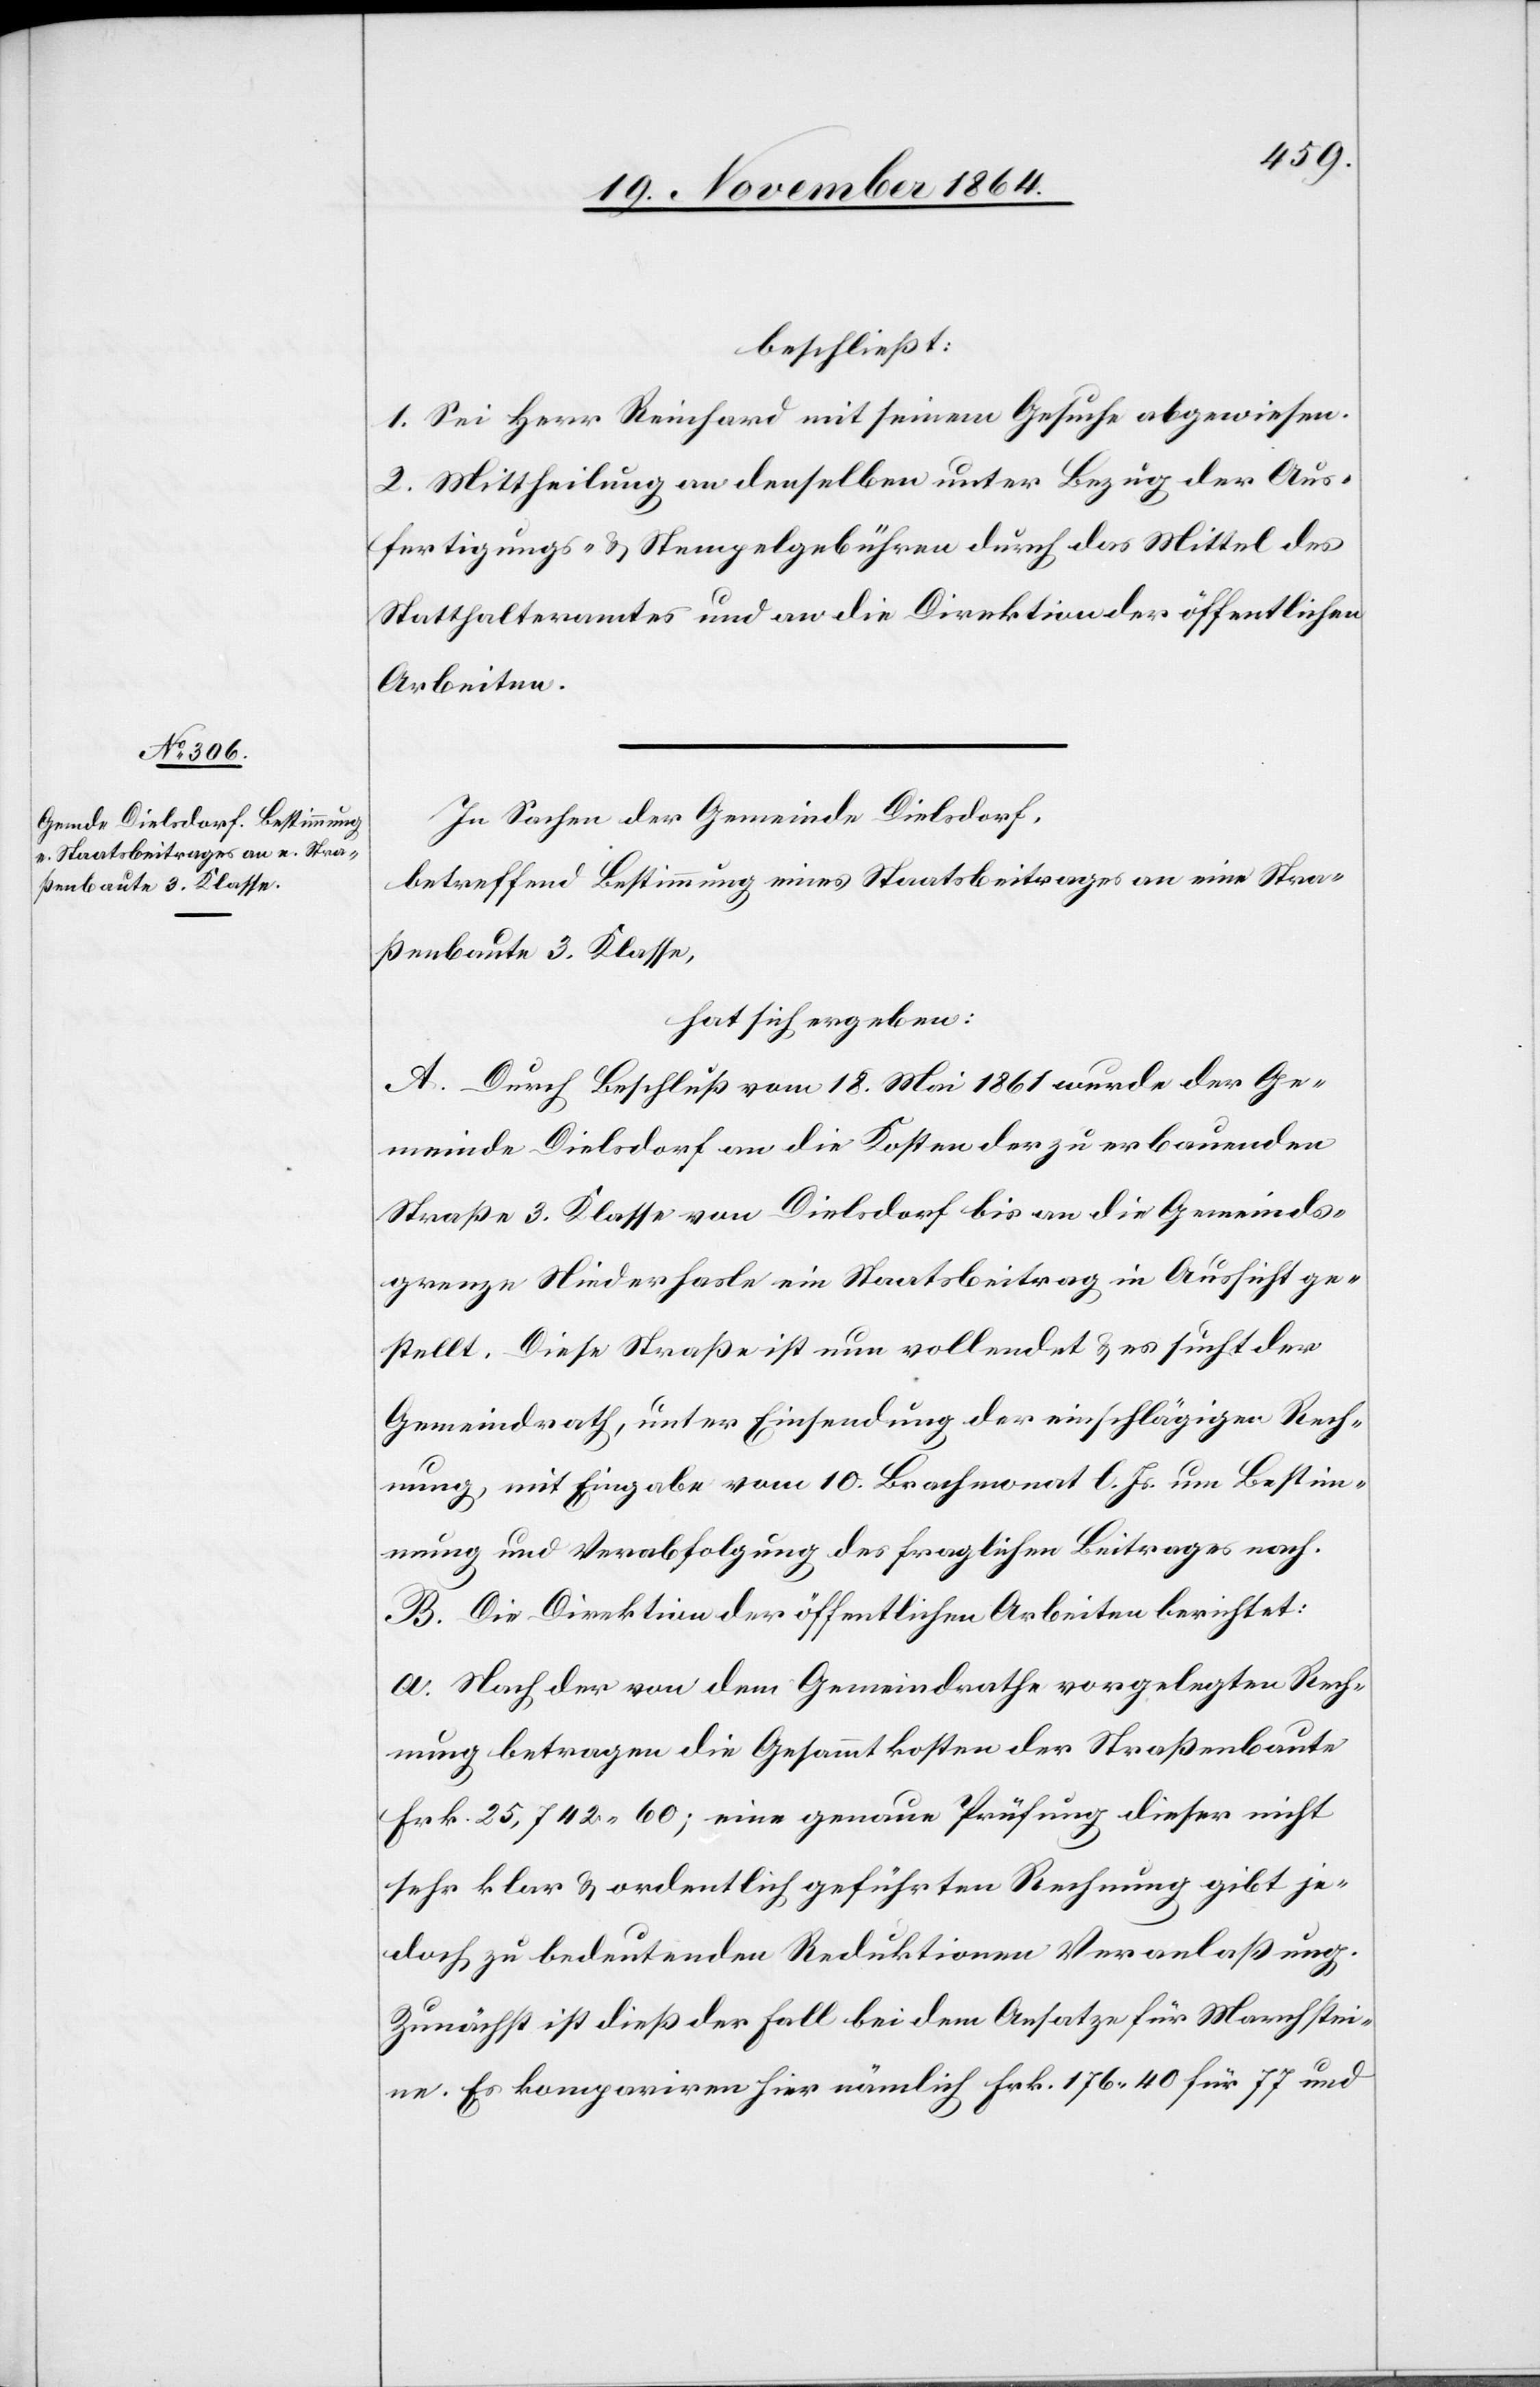
beschließt:
1. Sei Herr Reinhard mit seinem Gesuche abgewiesen.
2. Mittheilung an denselben unter Bezug der Aus¬
fertigungs- & Stempelgebühren durch das Mittel des
Statthalteramtes und an die Direktion der öffentlichen
Arbeiten.
In Sachen der Gemeinde Dielsdorf,
betreffend Bestimmung eines Staatsbeitrages an eine Stra¬
ßenbaute 3. Klasse,
hat sich ergeben:
A. Durch Beschluß vom 18. Mai 1861 wurde der Ge¬
meinde Dielsdorf an die Kosten der zu erbauenden
Straße 3. Klasse von Dielsdorf bis an die Gemeinds¬
grenze Niederhasle ein Staatsbeitrag in Aussicht ge¬
stellt. Diese Straße ist nun vollendet & es sucht der
Gemeindrath, unter Einsendung der einschlägigen Rech¬
nungen mit Eingabe vom 10. Brachmonat l. Js. um Bestim¬
mung und Verabfolgung des fraglichen Beitrages nach.
B. Die Direktion der öffentlichen Arbeiten berichtet:
a. Nach der von dem Gemeindrathe vorgelegten Rech¬
nung betragen die Gesammtkosten der Straßenbaute
Frk. 25,742.60; eine genaue Prüfung dieser nicht
sehr klar & ordentlich geführten Rechnung gibt je¬
doch zu bedeutenden Reduktionen Veranlaßung.
Zunächst ist dieß der Fall bei dem Ansatze für Marchstei¬
ne. Es kompariren hier nämlich Frk. 176.40 für 77 und